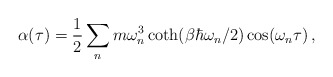
\begin{align*}\alpha(\tau) = \frac{1}{2}\sum_{n}m\omega_{n}^{3}\coth (\beta\hbar\omega_{n}/2)\cos(\omega_{n}\tau) \, ,\end{align*}